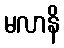
မလာနိ